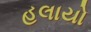
હલાયો